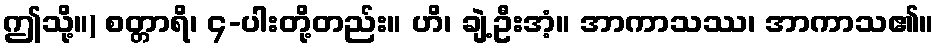
ဤသို့။) စတ္တာရိ၊ ၄-ပါးတို့တည်း။ ဟိ၊ ချဲ့ဦးအံ့။ အာကာသဿ၊ အာကာသ၏။